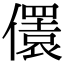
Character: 𠐛